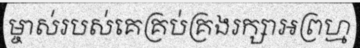
ម្ចាស់របស់គេគ្រប់គ្រងរក្សាអព្រហ្ម